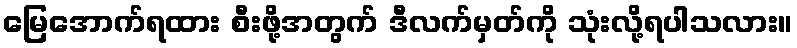
မြေအောက်ရထား စီးဖို့အတွက် ဒီလက်မှတ်ကို သုံးလို့ရပါသလား။